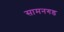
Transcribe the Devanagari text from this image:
सामनगड